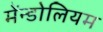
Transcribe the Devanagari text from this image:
मेंन्डोलियम